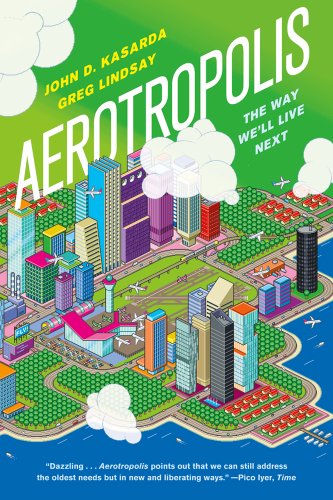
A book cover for Aerotropolis: The Way We'll Live Next; John D. Kasarda; Business & Money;